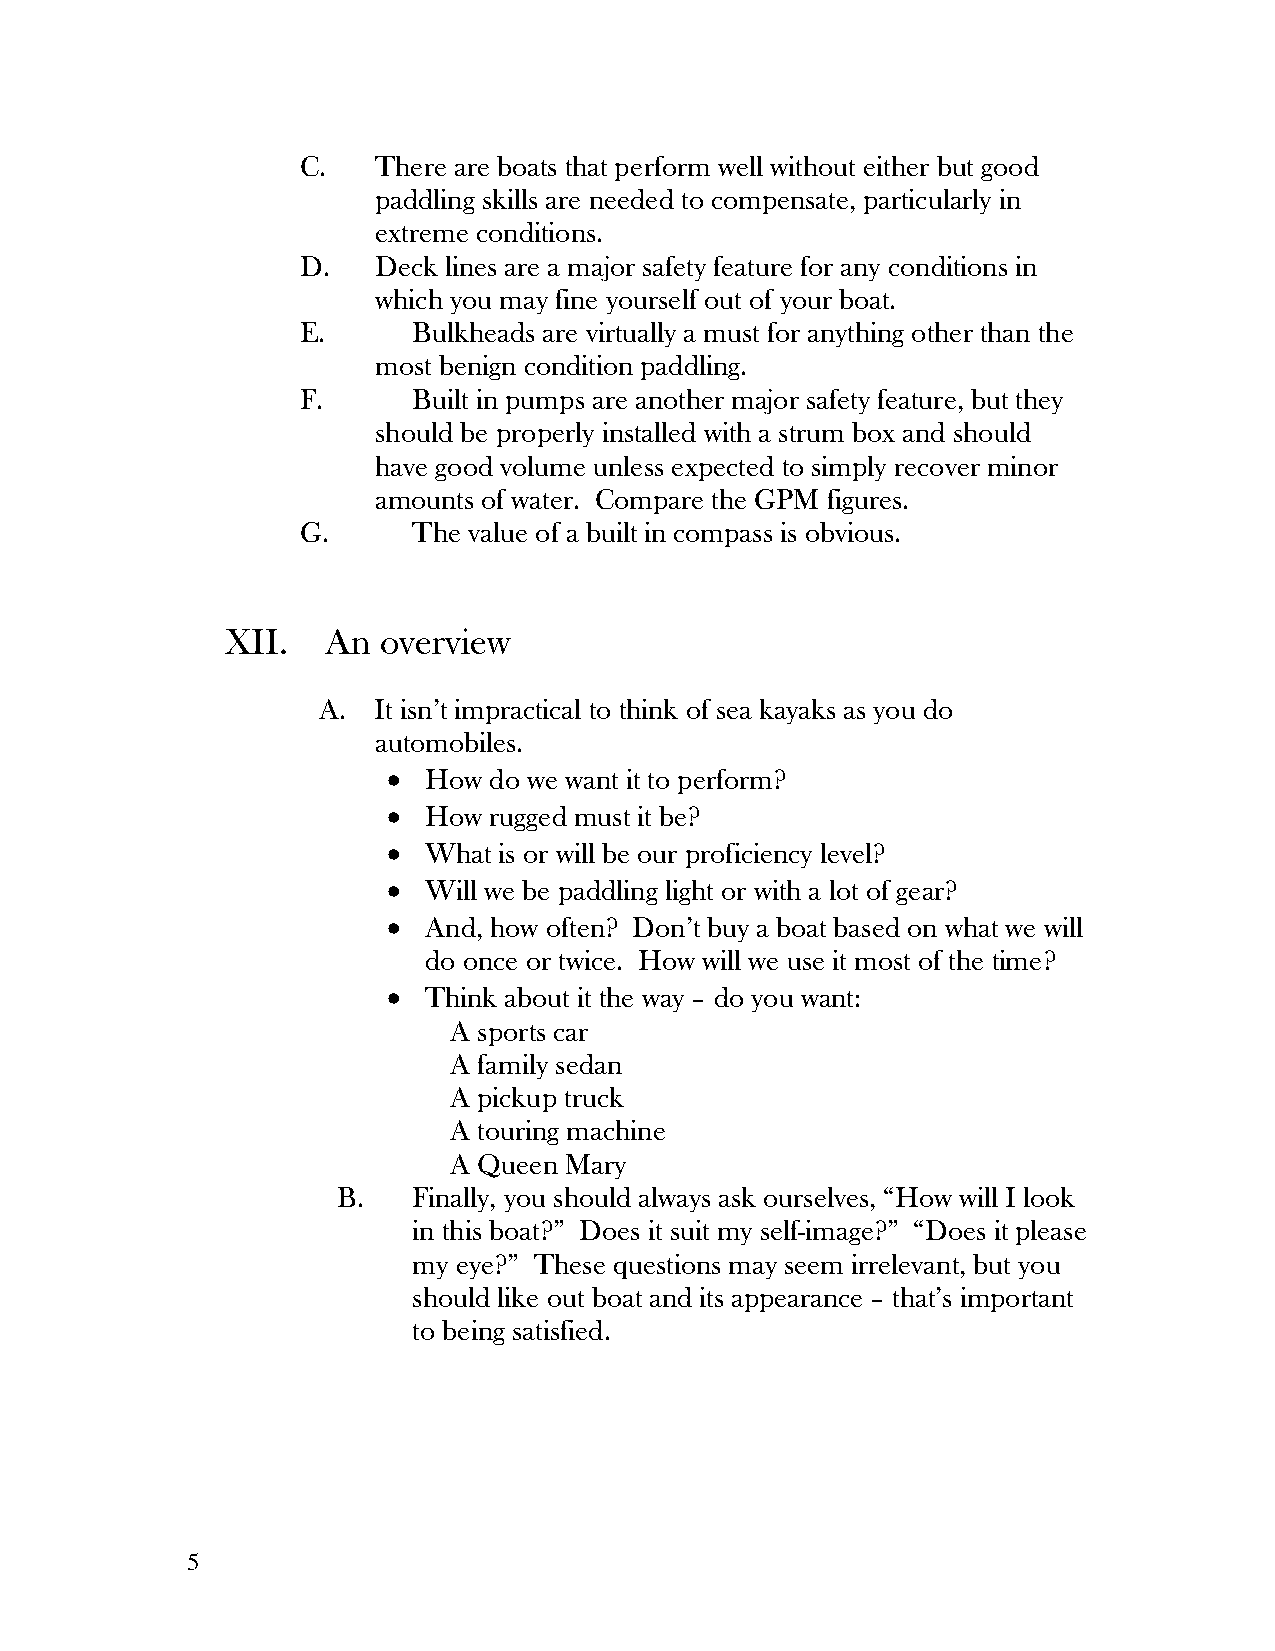
C.   There are boats that perform well without either but good
 paddling skills are needed to compensate, particularly in
 extreme conditions.
 D.   Deck lines are a major safety feature for any conditions in
 which you may fine yourself out of your boat.
 E.     Bulkheads are virtually a must for anything other than the
 most benign condition paddling.
 F.     Built in pumps are another major safety feature, but they
 should be properly installed with a strum box and should
 have good volume unless expected to simply recover minor
 amounts of water. Compare the GPM figures.
 G.     The value of a built in compass is obvious.
 XII.   An overview
 A.  It isn’t impractical to think of sea kayaks as you do
 automobiles.
 • How do we want it to perform?
 • How rugged must it be?
 • What is or will be our proficiency level?
 • Will we be paddling light or with a lot of gear?
 • And, how often? Don’t buy a boat based on what we will
 do once or twice. How will we use it most of the time?
 • Think about it the way – do you want:
 A sports car
 A family sedan
 A pickup truck
 A touring machine
 A Queen Mary
 B.   Finally, you should always ask ourselves, “How will I look
 in this boat?” Does it suit my self-image?” “Does it please
 my eye?” These questions may seem irrelevant, but you
 should like out boat and its appearance – that’s important
 to being satisfied.
 5